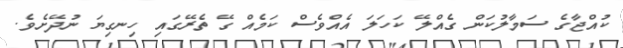
ކުއްޖާގެ ސަމާލުކަން ގެއްލޭ ކަހަލަ އެއްވެސް ކަމެއް ގޭ ތެރޭގައި ހިނގިޔަ ނުދޭށެވެ.